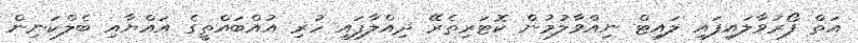
އަތް ފޯރުވާލައިފައި ލައިޓް ނިއްވާލުމުން ކޮޓަރިތެރޭ ދިއްލާފައި ހުރި އުއްބައްތީގެ އައްޔާއި ބެލްކަނިން